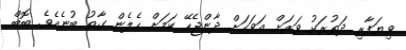
ވިޔަފާރި ދަތުރަކު ވަރަށް އަވަހަށް ދާންޖެހޭ ކަމަށް ހެލެން ގާތު ބުނެއެވެ. ބޮބް